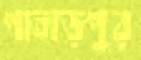
পাহাড়পুর